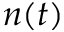
n ( t )